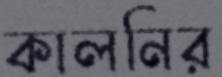
কালনির